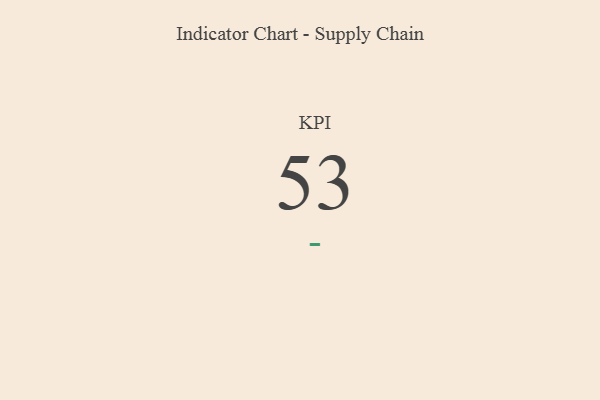
{"axis": {"x": "KPI", "y": "Value"}, "legend": [""], "data": [{"x": "KPI", "y": 53, "type": ""}]}